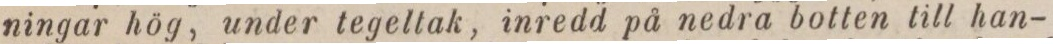
ningar hög, under tegeltak, inredd på nedra botten till han-